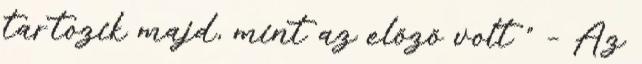
tartozik majd, mint az előző volt ” – Az